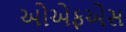
ઓએફએસ